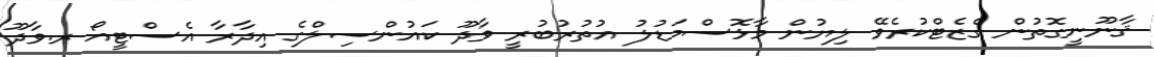
ޤާނޫނީގޮތުން ގެޒެޓްކުރެވޭ ލިޔުން މާޅޮސްމަޑުލު އުތުރުބުރީ ވާދޫ ކައުންސިލްގެ އިދާރާ އެސްޓީއޯ ރ.ވާދޫ